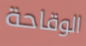
الوقاحة